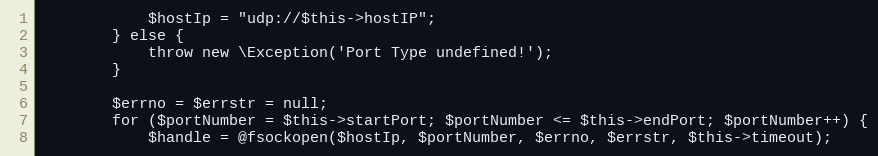
Language: PHP
            $hostIp = "udp://$this->hostIP";
        } else {
            throw new \Exception('Port Type undefined!');
        }

        $errno = $errstr = null;
        for ($portNumber = $this->startPort; $portNumber <= $this->endPort; $portNumber++) {
            $handle = @fsockopen($hostIp, $portNumber, $errno, $errstr, $this->timeout);